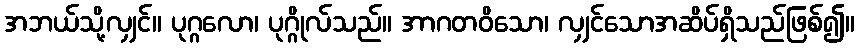
အဘယ်သို့လျှင်။ ပုဂ္ဂလော၊ ပုဂ္ဂိုလ်သည်။ အာဂတဝိသော၊ လျှင်သောအဆိပ်ရှိသည်ဖြစ်၍။